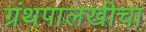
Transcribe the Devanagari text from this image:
ग्रंथपालखीचा